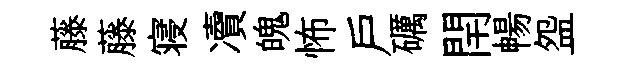
藤藤寝凟魄怖户礪閈暢盌